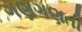
ગણગણતી